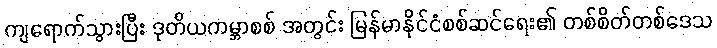
ကျရောက်သွားပြီး ဒုတိယကမ္ဘာစစ် အတွင်း မြန်မာနိုင်ငံစစ်ဆင်ရေး၏ တစ်စိတ်တစ်ဒေသ